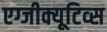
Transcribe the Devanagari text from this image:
एग्जीक्यूटिव्स